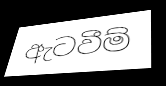
ඇටවීම්